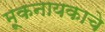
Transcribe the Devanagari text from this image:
मूकनायकाचे